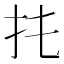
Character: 扥